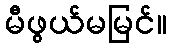
မီဖွယ်မမြင်။